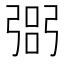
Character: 𢐆